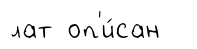
лат оп'и́сан